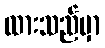
ထားသည်မှာ